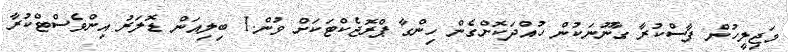
މަޖިލީހުން ފާސްކުރާ ގާނޫނަކުން ހުއްދަކޮށްގެން ހިންގާ ޕްރޮޖެކްޓަކަށް ވުން.1 ބިލިއަން ޑޮލަރު އިންވެސްޓްކުރާ